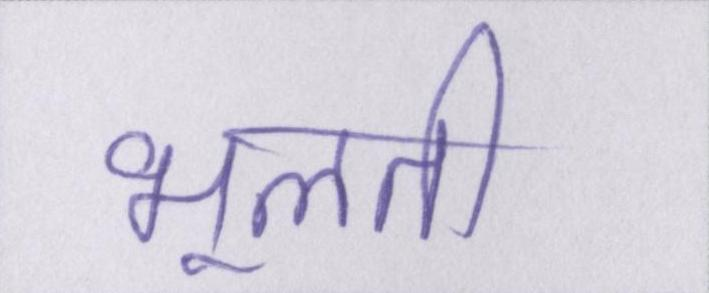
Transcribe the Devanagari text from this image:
भूलती